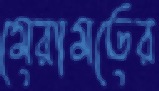
মেরামতের